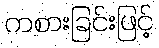
ကစားခြင်းဖြင့်